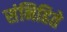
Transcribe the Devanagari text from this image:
संनिहिते